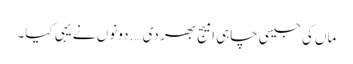
ماں کی جیسی چاہی امیج بھر دی…. دونوں نے یہی کیا۔